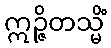
ဣဉ္ဇိတသ္မိံ